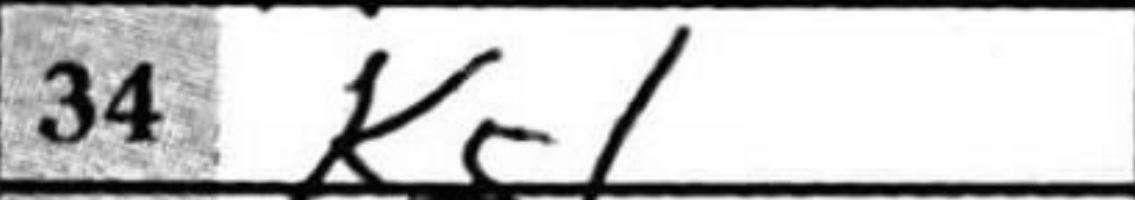
Transcription: Kg1